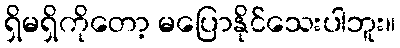
ရှိမရှိကိုတော့ မပြောနိုင်သေးပါဘူး။